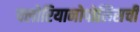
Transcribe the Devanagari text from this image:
फ्लोरियानोपोलिसची